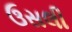
ઉસલી